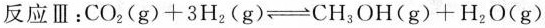
反应Ⅲ：$$CO_{2}(g)+3H_{2}(g) \rightleftharpoons CH_{3}OH(g)+H_{2}O(g)$$